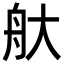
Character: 𦨐